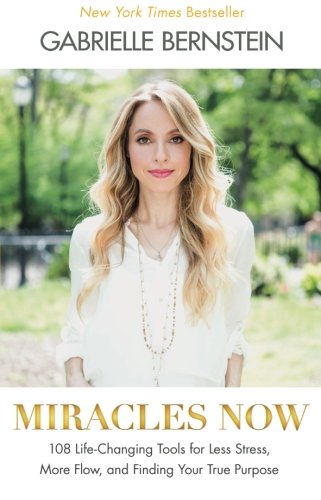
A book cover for Miracles Now: 108 Life-Changing Tools for Less Stress, More Flow, and Finding Your True Purpose; Gabrielle Bernstein; Self-Help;